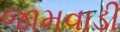
જામવાડી